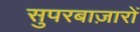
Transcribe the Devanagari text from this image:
सुपरबाज़ारों